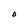
Character: O